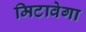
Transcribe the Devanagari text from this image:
मिटावेगा